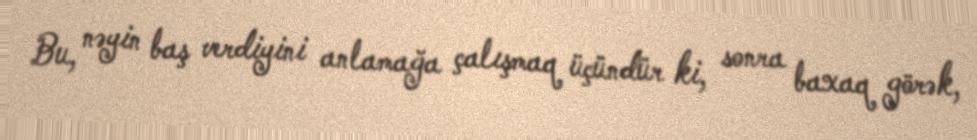
Bu, nəyin baş verdiyini anlamağa çalışmaq üçündür ki, sonra baxaq görək,